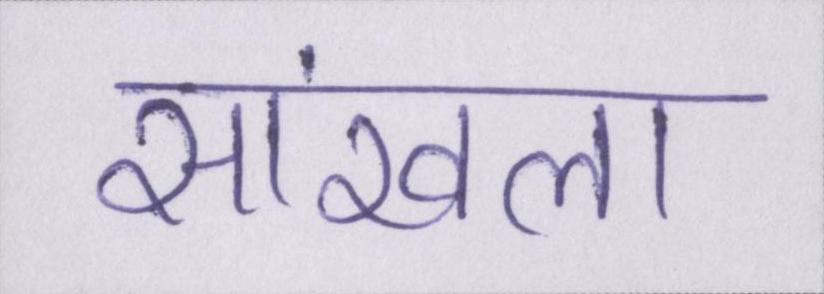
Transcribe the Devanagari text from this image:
सांखला